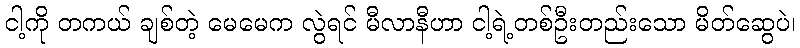
ငါ့ကို တကယ် ချစ်တဲ့ မေမေက လွဲရင် မီလာနီဟာ ငါ့ရဲ့တစ်ဦးတည်းသော မိတ်ဆွေပဲ၊